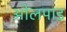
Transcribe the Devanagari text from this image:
ओलपाड